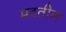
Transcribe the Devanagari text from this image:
मदतील